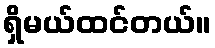
ရှိမယ်ထင်တယ်။